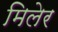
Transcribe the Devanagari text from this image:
मिलेर